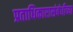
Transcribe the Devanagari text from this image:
प्रताधिकारासंबंधीच्या